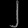
Digit: ၂